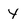
Character: y